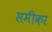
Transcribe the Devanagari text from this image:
समीकर